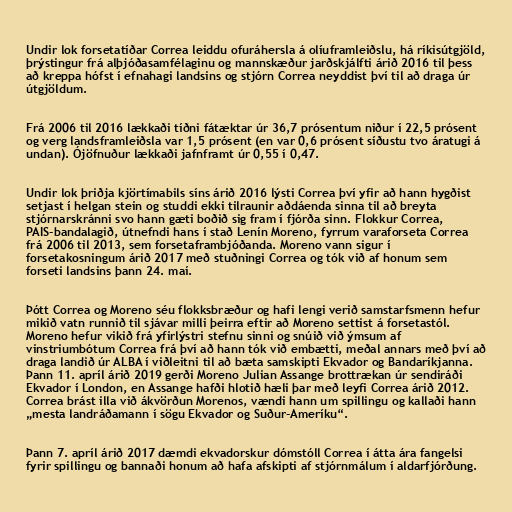
Undir lok forsetatíðar Correa leiddu ofuráhersla á olíuframleiðslu, há ríkisútgjöld,
þrýstingur frá alþjóðasamfélaginu og mannskæður jarðskjálfti árið 2016 til þess
að kreppa hófst í efnahagi landsins og stjórn Correa neyddist því til að draga úr
útgjöldum.

Frá 2006 til 2016 lækkaði tíðni fátæktar úr 36,7 prósentum niður í 22,5 prósent
og verg landsframleiðsla var 1,5 prósent (en var 0,6 prósent síðustu tvo áratugi á
undan). Ójöfnuður lækkaði jafnframt úr 0,55 í 0,47.

Undir lok þriðja kjörtímabils síns árið 2016 lýsti Correa því yfir að hann hygðist
setjast í helgan stein og studdi ekki tilraunir aðdáenda sinna til að breyta
stjórnarskránni svo hann gæti boðið sig fram í fjórða sinn. Flokkur Correa,
PAIS-bandalagið, útnefndi hans í stað Lenín Moreno, fyrrum varaforseta Correa
frá 2006 til 2013, sem forsetaframbjóðanda. Moreno vann sigur í
forsetakosningum árið 2017 með stuðningi Correa og tók við af honum sem
forseti landsins þann 24. maí.

Þótt Correa og Moreno séu flokksbræður og hafi lengi verið samstarfsmenn hefur
mikið vatn runnið til sjávar milli þeirra eftir að Moreno settist á forsetastól.
Moreno hefur vikið frá yfirlýstri stefnu sinni og snúið við ýmsum af
vinstriumbótum Correa frá því að hann tók við embætti, meðal annars með því að
draga landið úr ALBA í viðleitni til að bæta samskipti Ekvador og Bandaríkjanna.
Þann 11. apríl árið 2019 gerði Moreno Julian Assange brottrækan úr sendiráði
Ekvador í London, en Assange hafði hlotið hæli þar með leyfi Correa árið 2012.
Correa brást illa við ákvörðun Morenos, vændi hann um spillingu og kallaði hann
„mesta landráðamann í sögu Ekvador og Suður-Ameríku“.

Þann 7. apríl árið 2017 dæmdi ekvadorskur dómstóll Correa í átta ára fangelsi
fyrir spillingu og bannaði honum að hafa afskipti af stjórnmálum í aldarfjórðung.